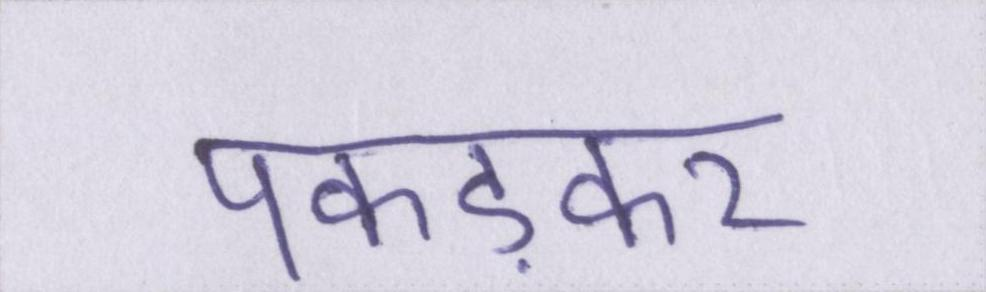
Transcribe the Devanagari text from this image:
पकड़कर